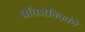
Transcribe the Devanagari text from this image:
प्रतिजैविकांचे